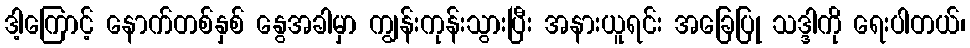
ဒါ့ကြောင့် နောက်တစ်နှစ် နွေအခါမှာ ကျွန်းကုန်းသွားပြီး အနားယူရင်း အခြေပြု သဒ္ဒါကို ရေးပါတယ်၊